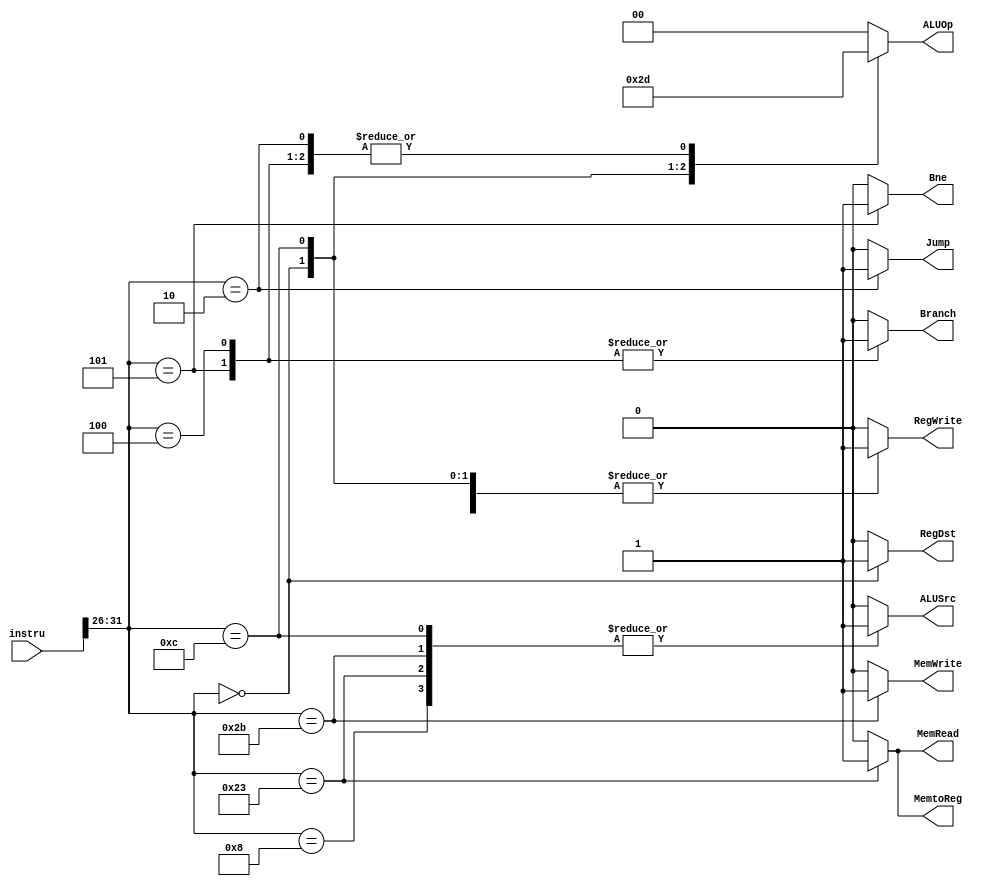
`timescale 1ns / 1ps

module control(
  input [31:0] instru,
  output reg RegDst,
  output reg Jump,
  output reg Branch,
  output reg Bne, // 1 indicates bne
  output reg MemRead,
  output reg MemtoReg,
  output reg [1:0] ALUOp,
  output reg MemWrite,
  output reg ALUSrc,
  output reg RegWrite
);

  initial begin
    RegDst = 0;
    Jump = 0;
    Branch = 0;
    MemRead = 0;
    MemtoReg = 0;
    ALUOp = 2'b00;
    MemWrite = 0;
    ALUSrc = 0;
    RegWrite = 0;
  end

  always @(instru) begin
    // $display("** code: 0x%H",instru[31:26]);
    case (instru[31:26])
      6'b000000: begin// ARITHMETIC
        RegDst = 1;
        ALUSrc = 0;
        MemtoReg = 0;
        RegWrite = 1;
        MemRead = 0;
        MemWrite = 0;
        Branch = 0;
        Bne = 0;
        ALUOp = 2'b10;
        Jump = 0;
      end
      6'b001000: begin// addi
        RegDst = 0;
        ALUSrc = 1;
        MemtoReg = 0;
        RegWrite = 1;
        MemRead = 0;
        MemWrite = 0;
        Branch = 0;
        Bne = 0;
        ALUOp = 2'b00;
        Jump = 0;
      end
      6'b001100: begin// andi
        RegDst = 0;
        ALUSrc = 1;
        MemtoReg = 0;
        RegWrite = 1;
        MemRead = 0;
        MemWrite = 0;
        Branch = 0;
        Bne = 0;
        ALUOp = 2'b11;
        Jump = 0;
      end
      6'b100011: begin // lw
        RegDst = 0;
        ALUSrc = 1;
        MemtoReg = 1;
        RegWrite = 1;
        MemRead = 1;
        MemWrite = 0;
        Branch = 0;
        Bne = 0;
        ALUOp = 2'b00;
        Jump = 0;
      end
      6'b101011: begin // sw
        RegDst = 0; // X
        ALUSrc = 1;
        MemtoReg = 0; // X
        RegWrite = 0;
        MemRead = 0;
        MemWrite = 1;
        Branch = 0;
        Bne = 0;
        ALUOp = 2'b00;
        Jump = 0;
      end
      6'b000100: begin // beq
        RegDst = 0; // X
        ALUSrc = 0;
        MemtoReg = 0; // X
        RegWrite = 0;
        MemRead = 0;
        MemWrite = 0;
        Branch = 1;
        Bne = 0;
        ALUOp = 2'b01;
        Jump = 0;
      end
      6'b000101: begin // bne
        RegDst = 0; // X
        ALUSrc = 0;
        MemtoReg = 0; // X
        RegWrite = 0;
        MemRead = 0;
        MemWrite = 0;
        Branch = 1;
        Bne = 1;
        ALUOp = 2'b01;
        Jump = 0;
      end
      6'b000010: begin // j
        RegDst = 0; // X
        ALUSrc = 0;
        MemtoReg = 0; // X
        RegWrite = 0;
        MemRead = 0;
        MemWrite = 0;
        Branch = 0;
        Bne = 0;
        ALUOp = 2'b01;
        Jump = 1;
      end
      default: begin
        RegDst = 0; // X
        ALUSrc = 0;
        MemtoReg = 0; // X
        RegWrite = 0;
        MemRead = 0;
        MemWrite = 0;
        Branch = 0;
        Bne = 0;
        ALUOp = 2'b00;
        Jump = 0;        
      end
    endcase
  end

endmodule